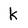
Character: k